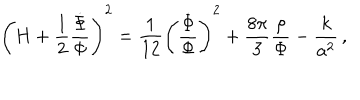
LaTeX: \left( H + { \frac { 1 } { 2 } } { \frac { \dot { \Phi } } { \Phi } } \right) ^ { 2 } = { \frac { 1 } { 1 2 } } \left( { \frac { \dot { \Phi } } { \Phi } } \right) ^ { 2 } + { \frac { 8 \pi } { 3 } } { \frac { \rho } { \Phi } } - { \frac { k } { a ^ { 2 } } } \, ,